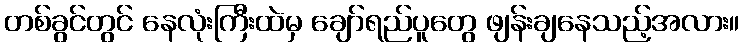
တစ်ခွင်တွင် နေလုံးကြီးထဲမှ ချော်ရည်ပူတွေ ဖျန်းချနေသည့်အလား။